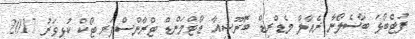
ފުޓްބޯޅަ ބާސެލޯނާ ރެއާލް މެޑްރިޑް ބޮަރޫޝިއާ ޑޯޓްމަންޑް ޓްރާންސްފަރ ޓޯކް ކުޅިވަރު 2017